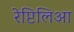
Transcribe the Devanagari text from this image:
रेप्टिलिआ